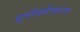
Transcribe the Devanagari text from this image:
इपॉक्सीकरण